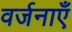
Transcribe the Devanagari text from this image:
वर्जनाएँ